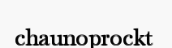
chaunoprockt